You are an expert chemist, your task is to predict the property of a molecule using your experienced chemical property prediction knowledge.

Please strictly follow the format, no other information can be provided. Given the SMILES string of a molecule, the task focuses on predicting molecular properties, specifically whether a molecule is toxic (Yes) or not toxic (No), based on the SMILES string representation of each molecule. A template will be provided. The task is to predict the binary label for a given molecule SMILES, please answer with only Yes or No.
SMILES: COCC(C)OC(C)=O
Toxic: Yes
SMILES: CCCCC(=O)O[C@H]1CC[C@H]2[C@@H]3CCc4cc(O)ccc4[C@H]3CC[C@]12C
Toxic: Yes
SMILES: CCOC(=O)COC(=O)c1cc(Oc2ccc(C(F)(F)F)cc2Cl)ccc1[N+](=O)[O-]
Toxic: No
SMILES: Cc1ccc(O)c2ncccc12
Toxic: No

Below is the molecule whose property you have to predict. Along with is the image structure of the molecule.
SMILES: C[C@H]1C[C@H]2[C@@H]3CC[C@](O)(C(=O)COC(=O)CCC(=O)[O-])[C@@]3(C)C[C@H](O)[C@@H]2[C@@]2(C)C=CC(=O)C=C12
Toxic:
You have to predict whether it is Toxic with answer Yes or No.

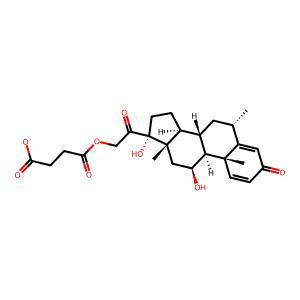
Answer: Yes